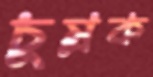
চুম্‌রক